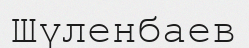
Шүленбаев